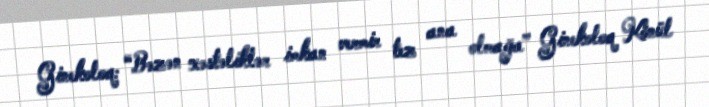
Ginekoloq: “Bəzən xəstəliklər imkan vermir tez ana olmağa” Ginekoloq Könül